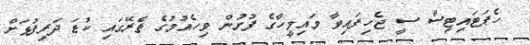
ހެޕަޓައިޓިސް ސީ ޖެހިފައިވާ މައިމީހާގެ ފުށުން ވިހެއުމުގެ ތެރޭގައި ކުޑަ ދަރިފުޅަށް